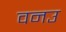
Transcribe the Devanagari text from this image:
वनउ